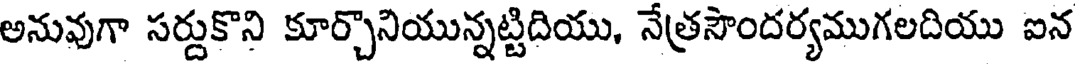
అనువుగా సర్దుకొని కూర్చొనియున్నట్టిదియు, నేత్రసౌందర్యముగలదియు ఐన